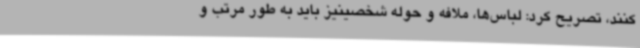
کنند، تصریح کرد: لباس‌ها، ملافه و حوله شخصینیز باید به طور مرتب و